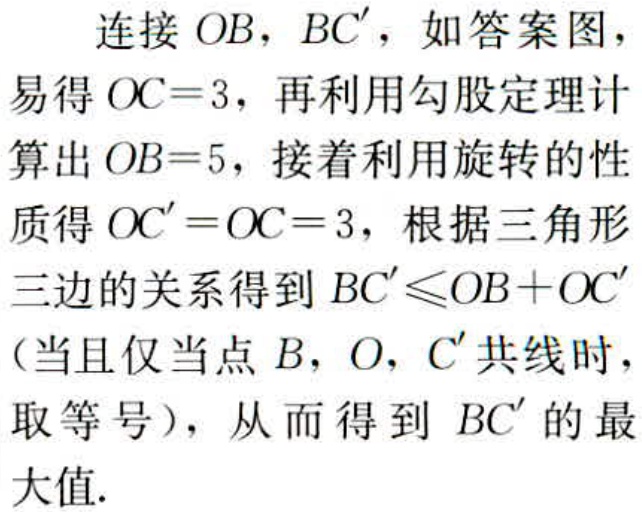
连接 \(OB\)，\(BC'\)，如答案图，
易得 \(OC = 3\)，再利用勾股定理计
算出 \(OB = 5\)，接着利用旋转的性
质得 \(OC'=OC = 3\)，根据三角形
三边的关系得到 \(BC'\leqslant OB + OC'\)
（当且仅当点 \(B\)，\(O\)，\(C'\) 共线时，
取等号），从而得到 \(BC'\) 的最
大值.